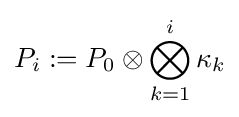
P_{i}:=P_{0}\otimes \bigotimes _{k=1}^{i}\kappa _{k}